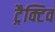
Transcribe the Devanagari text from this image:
ट्रैक्टिव